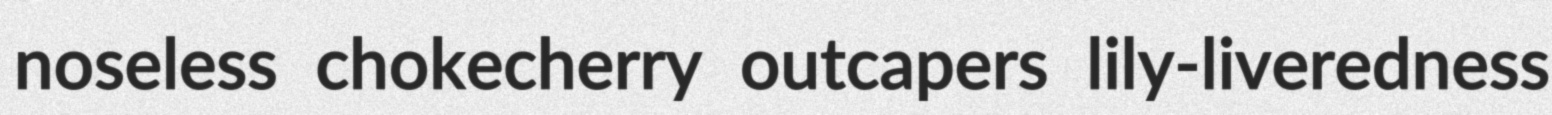
noseless chokecherry outcapers lily-liveredness